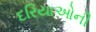
દરિયાઓની